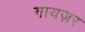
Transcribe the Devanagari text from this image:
गायज़र